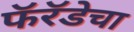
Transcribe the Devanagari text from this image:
फॅरॅडेचा